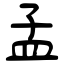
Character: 孟